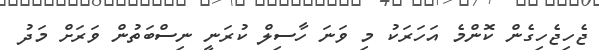
ޖެހިޖެހިގެން ކޮންމެ އަހަރަކު މި ވަނަ ހާސިލް ކުރަނީ ނިސްބަތުން ވަރަށް މަދު